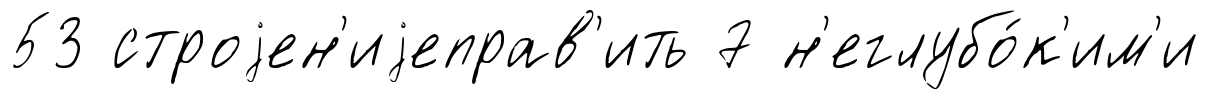
53 строjен'иjеправ'ить 7 н'еглубо́к'им'и